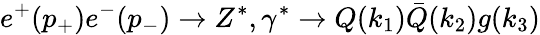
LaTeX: e^{+}(p_{+})e^{-}(p_{-})\rightarrow Z^{\ast},\gamma^{\ast}\rightarrow Q(k_{1})\bar{Q}(k_{2})g(k_{3})